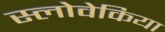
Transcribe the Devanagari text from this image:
स्लोवेकिया